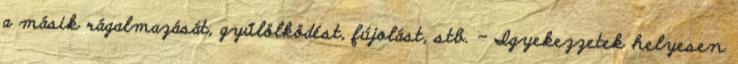
a másik rágalmazását, gyűlölködést, fújolást, stb. - Igyekezzetek helyesen